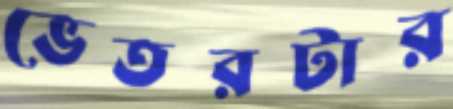
ভেতরটার